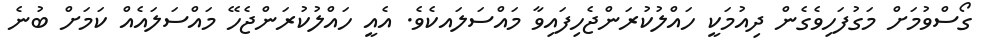
ގޯސްވުމަށް މަގުފަހިވެގެން ދިއުމަކީ ހައްލުކުރަންޖެހިފައިވާ މައްސަލައކެެވެ. އެއީ ހައްލުކުރަންޖެހޭ މައްސަލައެއް ކަމަށް ބުނެ